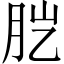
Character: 𦙏